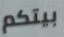
بيتكم